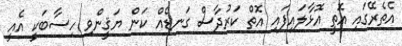
އެތެރޭގައި އޮތީ އޮޅާލައިފައި އޮތް ކަރުދާސް ގަނޑެއް ކަން ޔަޤީންވި ހިސާބަކީ އެއީ